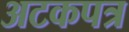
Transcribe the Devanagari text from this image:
अटकपत्र